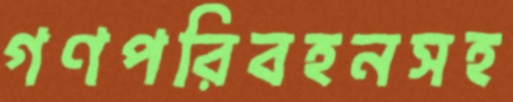
গণপরিবহনসহ